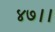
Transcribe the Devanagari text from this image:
४७।।